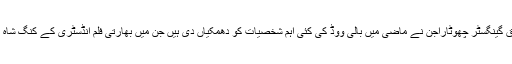
بھارتی میڈیا کے مطابق گینگسٹر چھوٹاراجن نے ماضی میں بالی ووڈ کی کئی اہم شخصیات کو دھمکیاں دی ہیں جن میں بھارتی فلم انڈسٹری کے کنگ شاہ رخ خان بھی شامل ہیں۔